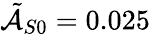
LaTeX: \tilde{\mathcal{A}}_{S0}=0.025